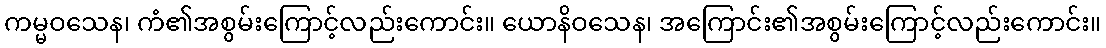
ကမ္မဝသေန၊ ကံ၏အစွမ်းကြောင့်လည်းကောင်း။ ယောနိဝသေန၊ အကြောင်း၏အစွမ်းကြောင့်လည်းကောင်း။